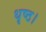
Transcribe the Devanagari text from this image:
धृष्ठ।